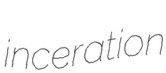
inceration